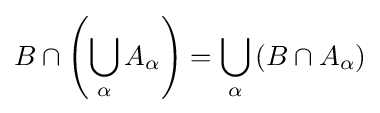
B\cap \left(\bigcup _{\alpha }A_{\alpha }\right)=\bigcup _{\alpha }\left(B\cap A_{\alpha }\right)